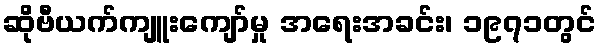
ဆိုဗီယက်ကျူးကျော်မှု အရေးအခင်း၊ ၁၉၇၁တွင်